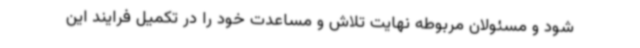
شود و مسئولان مربوطه نهایت تلاش و مساعدت خود را در تکمیل فرایند این